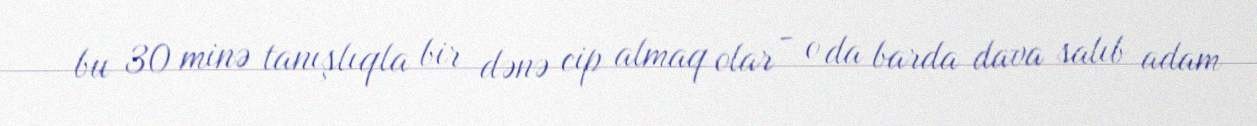
bu 30 minə tanışlıqla bir dənə cip almaq olar - o da barda dava salıb adam